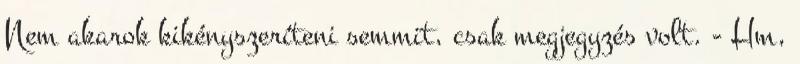
Nem akarok kikényszeríteni semmit, csak megjegyzés volt. - Hm,